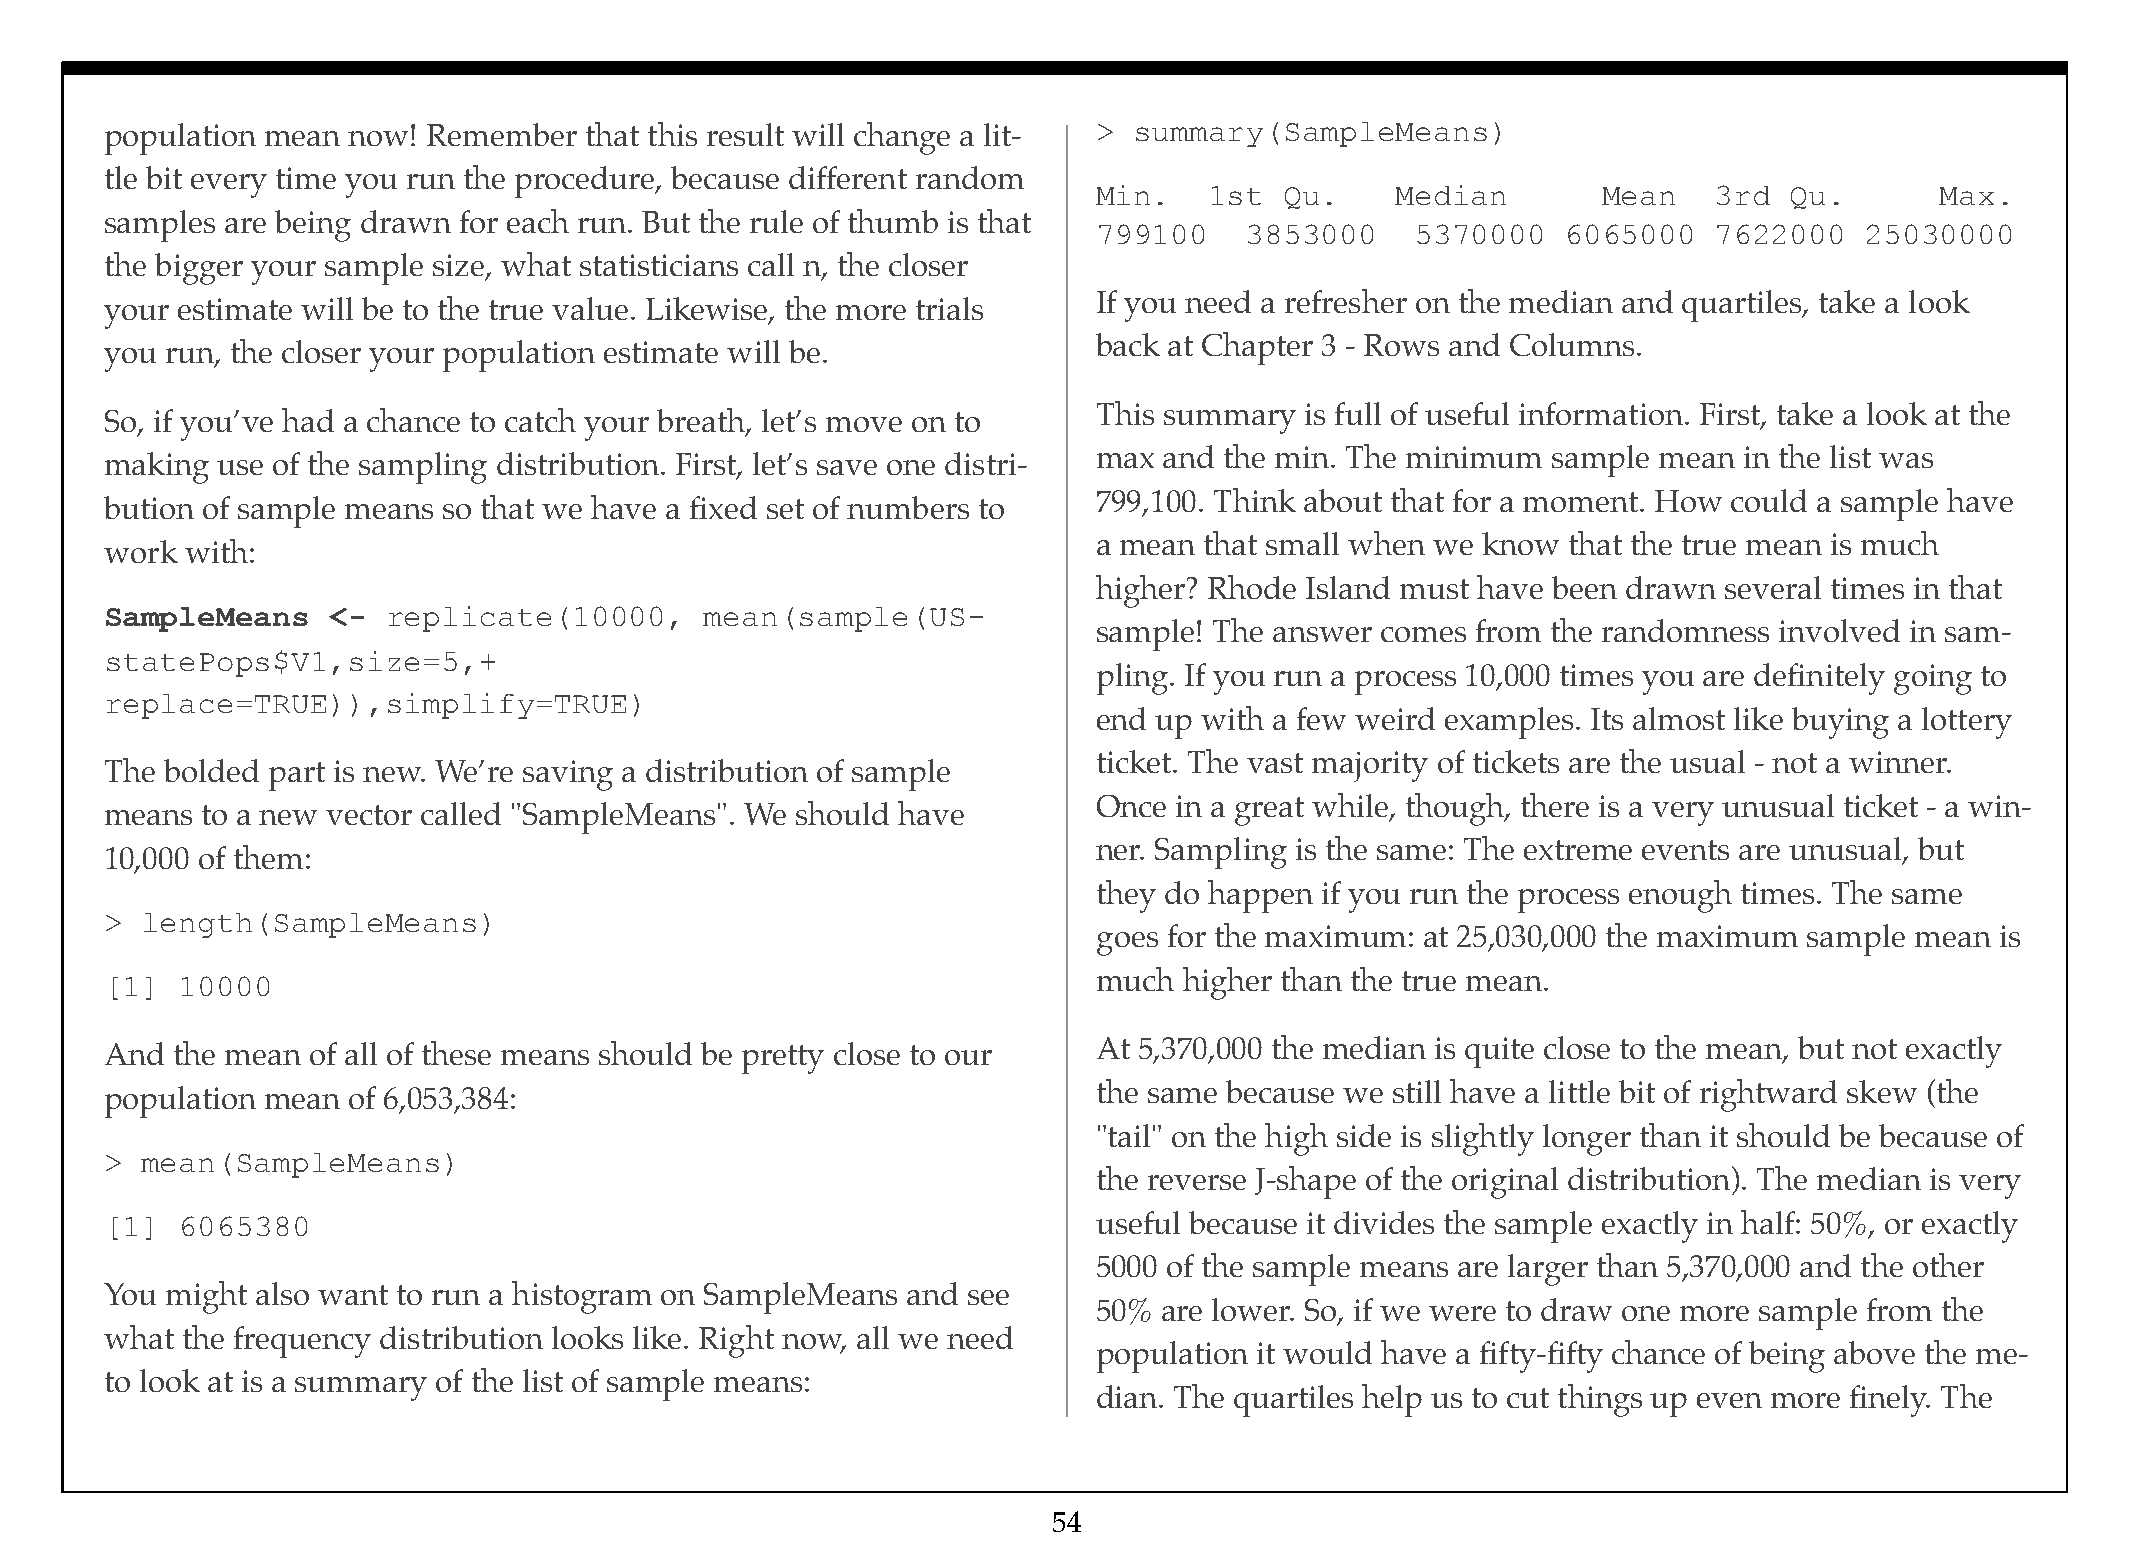
population mean now! Remember   that this result will change a lit- > summary(SampleMeans)
 tle bit every time you run the procedure, because different random
 Min.   1st  Qu.    Median        Mean    3rd Qu.       Max.
 samples are being drawn for each run. But the rule of thumb is that
 799100   3853000     5370000   6065000   7622000  25030000
 the bigger your sample size, what statisticians call n, the closer
 If you need a refresher on the median and quartiles, take a look
 your estimate will be to the true value. Likewise, the more trials
 back at Chapter 3 - Rows and Columns.
 you run, the closer your population estimate will be.
 This summary is full of useful information. First, take a look at the
 So, if you’ve had a chance to catch your breath, let’s move on to
 max and the min. The minimum  sample mean in the list was
 making use of the sampling distribution. First, let’s save one distri-
 799,100. Think about that for a moment. How could a sample have
 bution of sample means so that we have a fixed set of numbers to
 a mean that small when we know that the true mean is much
 work with:
 higher? Rhode Island must have been drawn several times in that
 SampleMeans    <-  replicate(10000,     mean(sample(US-
 sample! The answer comes from the randomness involved in sam-
 statePops$V1,size=5,+
 pling. If you run a process 10,000 times you are definitely going to
 replace=TRUE)),simplify=TRUE)
 end up with a few weird examples. Its almost like buying a lottery
 ticket. The vast majority of tickets are the usual - not a winner.
 The bolded part is new. We’re saving a distribution of sample
 Once in a great while, though, there is a very unusual ticket - a win-
 means to a new vector called "SampleMeans". We should have
 ner. Sampling is the same: The extreme events are unusual, but
 10,000 of them:
 they do happen if you run the process enough times. The same
 > length(SampleMeans)
 goes for the maximum: at 25,030,000 the maximum sample mean is
 [1]  10000                                                        much higher than the true mean.
 And the mean of all of these means should be pretty close to our  At 5,370,000 the median is quite close to the mean, but not exactly
 population mean of 6,053,384:                                     the same because we still have a little bit of rightward skew (the
 "tail" on the high side is slightly longer than it should be because of
 > mean(SampleMeans)
 the reverse J-shape of the original distribution). The median is very
 [1]  6065380                                                      useful because it divides the sample exactly in half: 50%, or exactly
 5000 of the sample means are larger than 5,370,000 and the other
 You might also want to run a histogram on SampleMeans and see
 50% are lower. So, if we were to draw one more sample from the
 what the frequency distribution looks like. Right now, all we need
 population it would have a fifty-fifty chance of being above the me-
 to look at is a summary of the list of sample means:
 dian. The quartiles help us to cut things up even more finely. The
 54